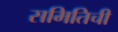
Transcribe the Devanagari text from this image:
समितिची